Virumaa_algkoolid, lk 75
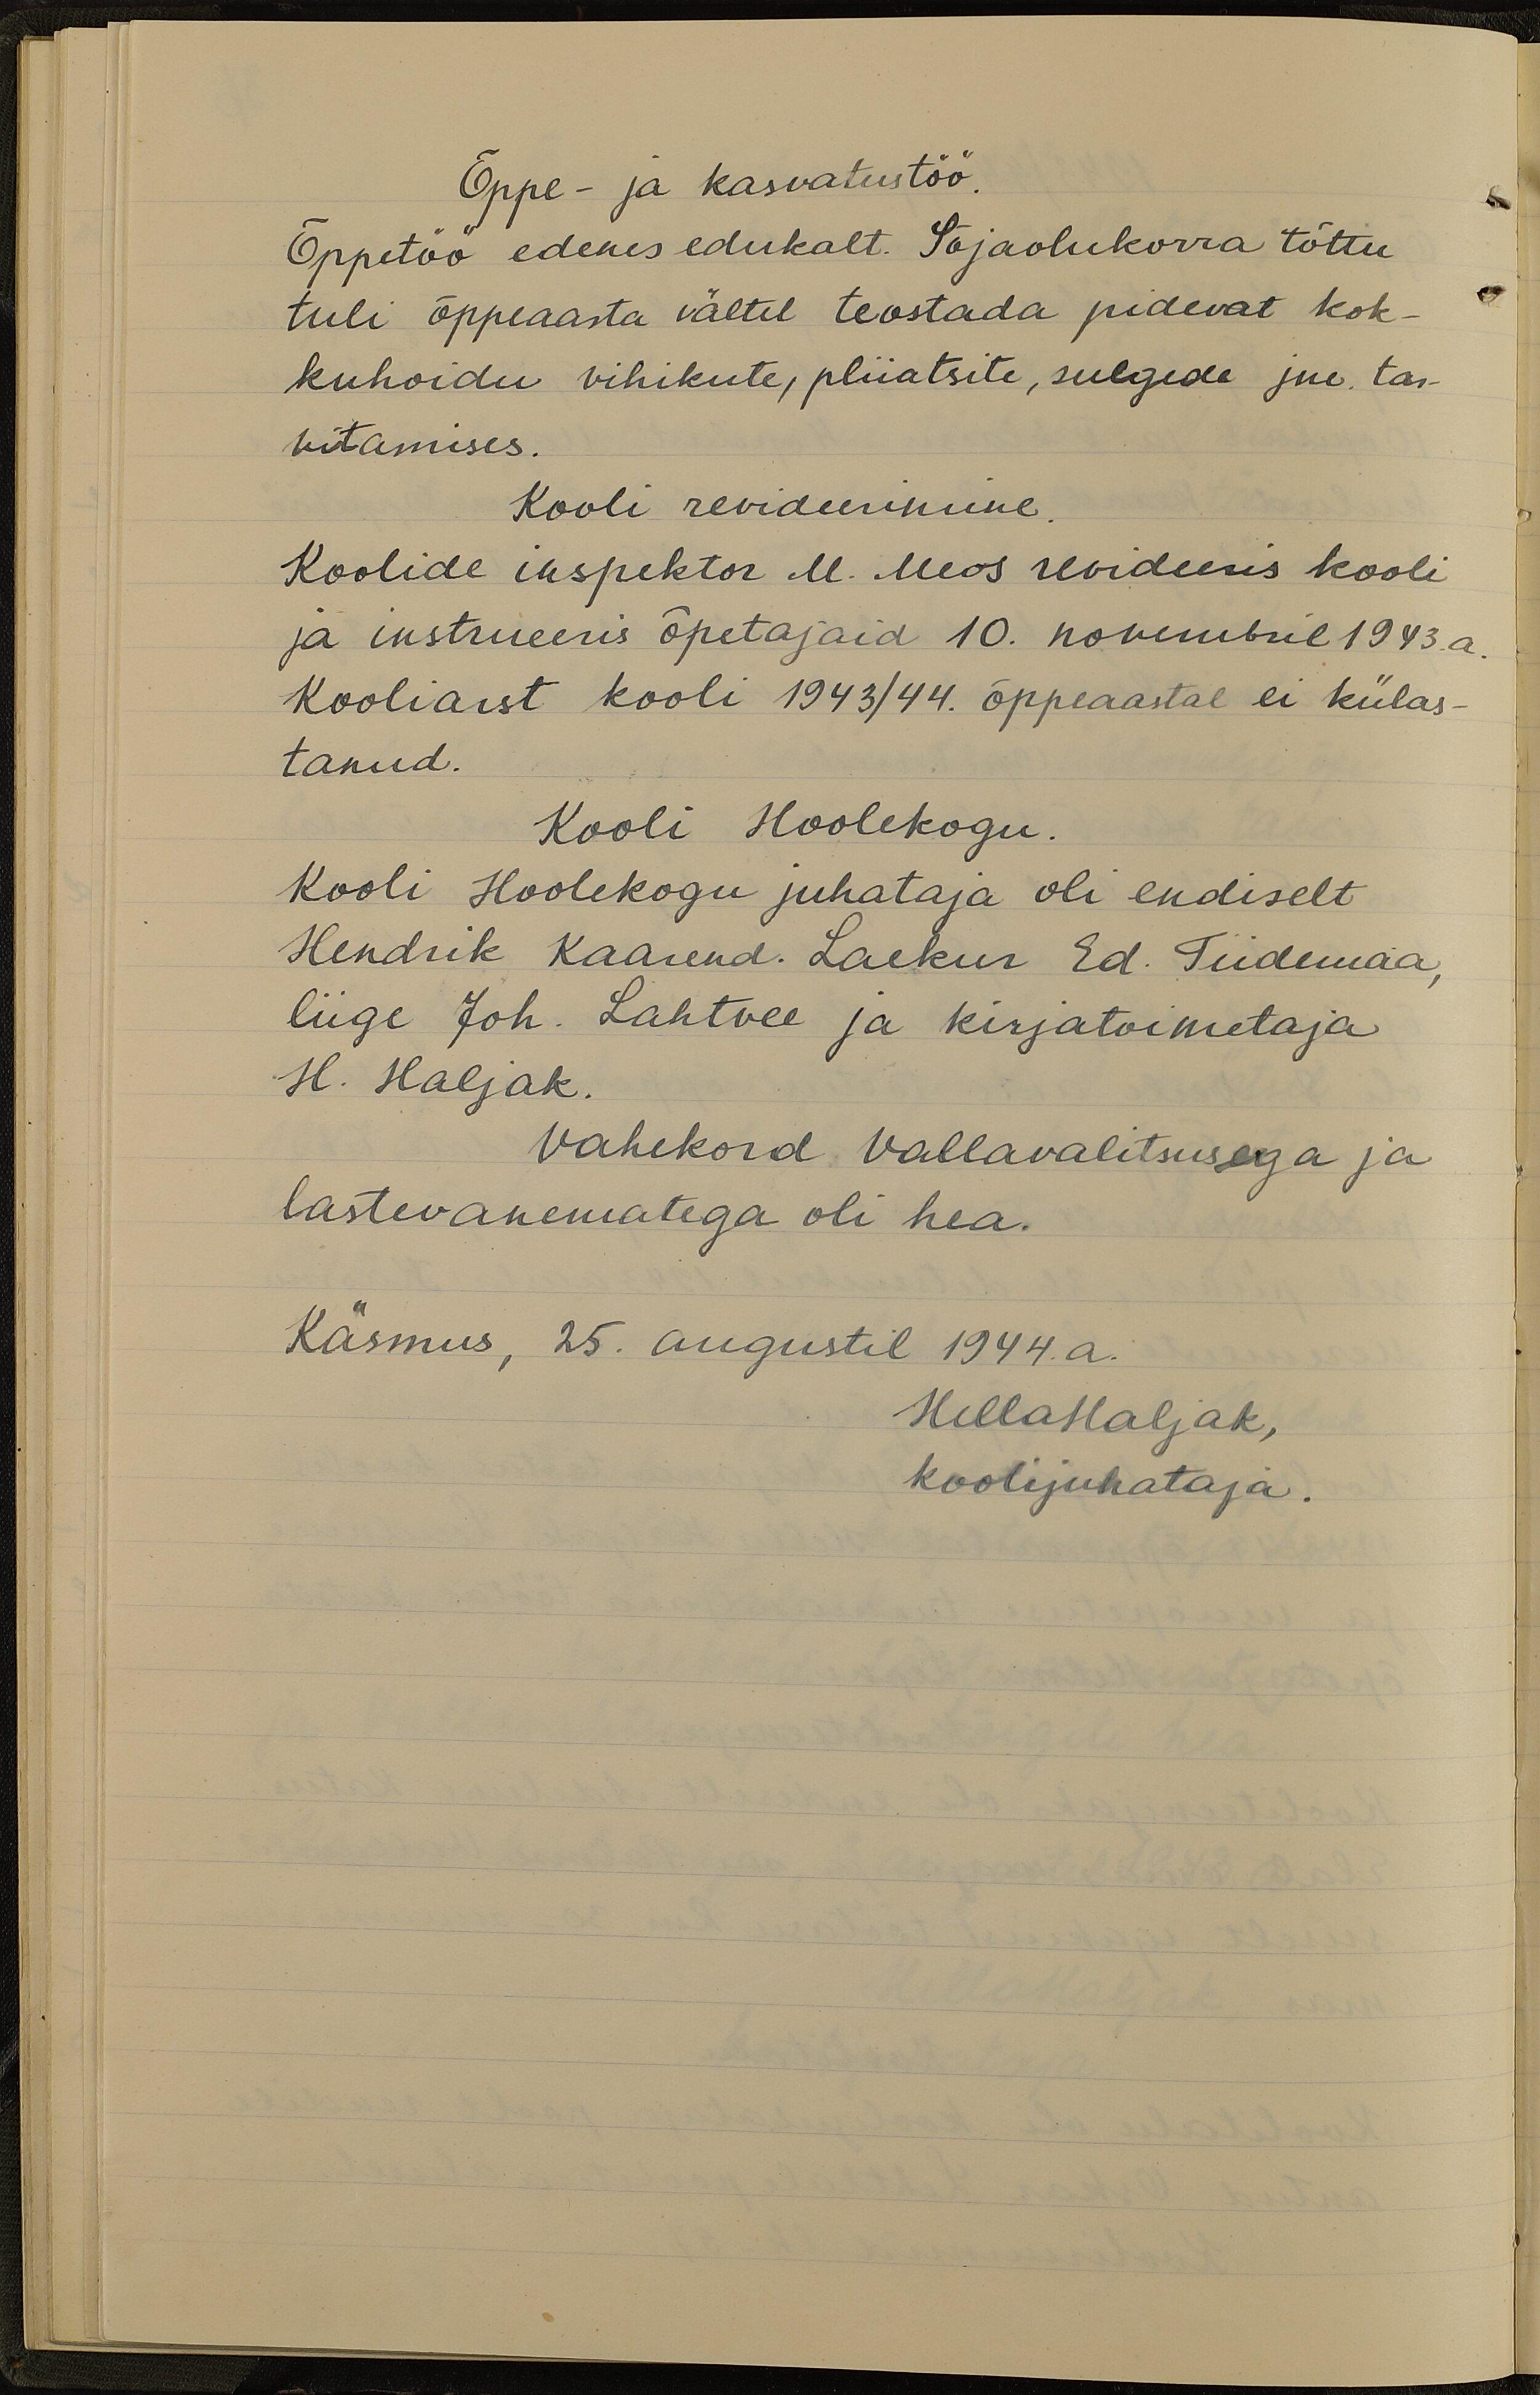
Õppe- ja kasvatustöö.
Õppetöö edenes edukalt. Sõjaolukorra tõttu
tuli õppeaasta vältel teostada pidevat kok-
kuhoidu vihikute, pliiatsite, sulgede jne, tar-
vitamises.
Kooli revideerimine,
Koolide inspektor M. Meos revideeris kooli
ja instrueeris õpetajaid 10. novembril 1943. a.
Kooliarst kooli 1943/44. õppeaastal ei külas-
tanud.
Kooli Hoolekogu.
Kooli Hoolekogu juhataja oli endiselt
Hendrik Kaarend. Laekur Ed. Tiidemaa,
liige Joh. Lahtvee ja kirjatoimetaja
H. Haljak.
Vahekord Vallavalitsusega ja
lastevanematega oli hea.
Käsmus, 25. augustil 1944.a.
HellaHaljak,
koolijuhataja.